Report on the working of the Ranchi Indian Mental Hospital, Kanke, in Bihar and Orissa - 1930-1940
Year: 1930
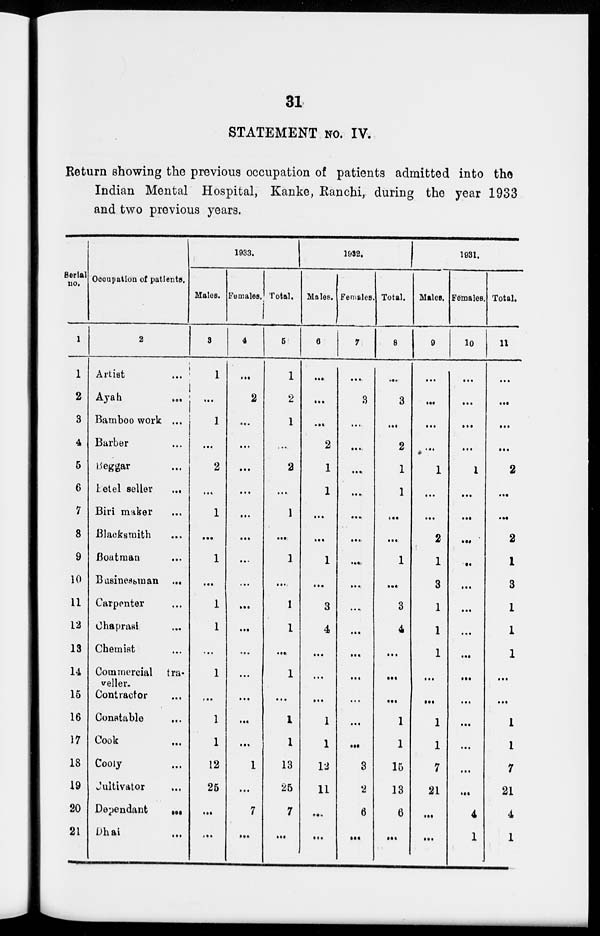
31
STATEMENT No. IV.
Return showing the previous occupation of patients admitted into the
Indian Mental Hospital, Kanke, Ranchi, during the year 1933
and two previous years.
Serial
no.
1
1
2
3
4
5
6
7
8
9
10
11
12
13
14
15
16
17
18
19
20
21
Occupation of patients.
2
Artist
...
Ayah
...
Bamboo work ...
Barber ...
Beggar ...
Betel seller ...
Biri maker ...
Blacksmith
...
Boatman ...
Businessman ...
Carpenter ...
Chaprasi ...
Chemist ...
Commercial tra-
veller.
Contractor ...
Constable
...
Cook ...
Cooly ...
Cultivator ...
Dependant
...
Dhai ...
1933.
Males.
3
1
...
1
...
2
...
1
...
1
...
1
1
...
1
...
1
1
12
25
...
...
Females.
4
...
2
...
...
...
...
...
...
...
...
...
...
...
...
...
...
...
1
...
7
...
Total.
5
1
2
1
...
2
...
1
...
1
...
1
1
...
1
...
1
1
13
25
7
...
1932.
Males.
6
...
...
...
2
1
1
...
...
1
...
3
4
...
...
...
1
1
12
11
...
...
Females.
7
...
3
...
...
...
...
...
...
...
...
....
...
...
...
...
...
...
3
2
6
...
Total.
8
...
3
...
2
1
1
...
...
1
...
3
4
...
...
...
1
1
15
13
6
...
1931.
Males.
9
...
...
...
...
1
...
...
2
1
3
1
1
1
...
...
1
1
7
21
...
...
Females.
10
...
...
...
...
1
...
...
...
...
...
...
...
...
...
...
...
...
...
...
4
1
Total.
11
...
...
...
...
2
...
...
2
1
3
1
1
1
...
...
1
1
7
21
4
1